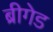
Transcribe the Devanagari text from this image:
ब्रीगेड